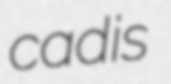
cadis